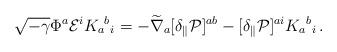
LaTeX: \begin{align*}\sqrt{-\gamma} \Phi^a {\cal E}^i K_a{}^b{}_i = - \widetilde\nabla_a [ \delta_\parallel {\cal P}]^{a b}- [ \delta_\parallel {\cal P}]^{ai} K_a{}^b{}_i \,.\end{align*}